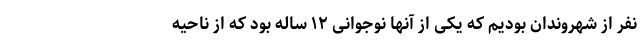
نفر از شهروندان بودیم که یکی از آنها نوجوانی ۱۲ ساله بود که از ناحیه